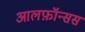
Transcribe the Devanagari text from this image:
आलफ़ॉन्सस